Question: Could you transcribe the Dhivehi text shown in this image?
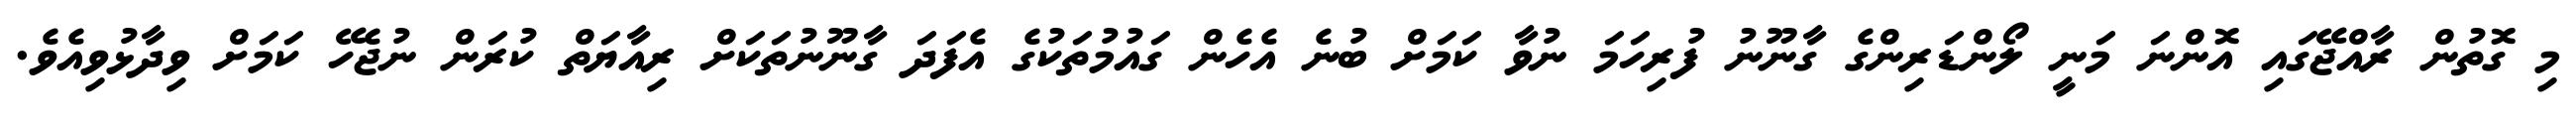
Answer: މި ގޮތުން ރާއްޖޭގައި އޮންނަ މަނީ ލޯންޑަރިންގެ ގާނޫނު ފުރިހަމަ ނުވާ ކަމަށް ބުނެ އެހެން ގައުމުތަކުގެ އެފަދަ ގާނޫނުތަކަށް ރިއާޔަތް ކުރަން ނުޖެހޭ ކަމަށް ވިދާޅުވިއެވެ.